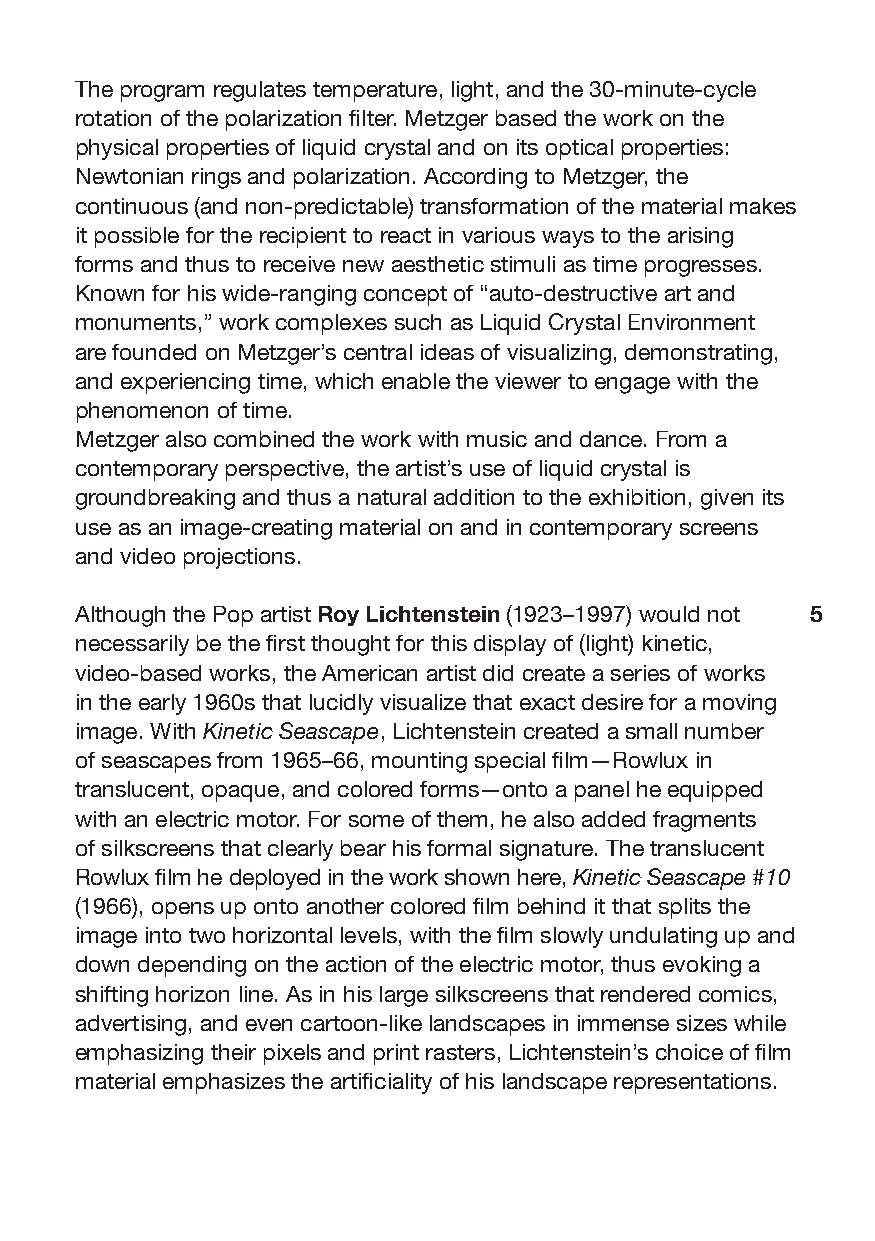
The program regulates temperature, light, and the 30-minute-cycle
 rotation of the polarization filter. Metzger based the work on the
 physical properties of liquid crystal and on its optical properties:
 Newtonian rings and polarization. According to Metzger, the
 continuous (and non-predictable) transformation of the material makes
 it possible for the recipient to react in various ways to the arising
 forms and thus to receive new aesthetic stimuli as time progresses.
 Known for his wide-ranging concept of “auto-destructive art and
 monuments,” work complexes such as Liquid Crystal Environment
 are founded on Metzger’s central ideas of visualizing, demonstrating,
 and experiencing time, which enable the viewer to engage with the
 phenomenon of time.
 Metzger also combined the work with music and dance. From a
 contemporary perspective, the artist’s use of liquid crystal is
 groundbreaking and thus a natural addition to the exhibition, given its
 use as an image-creating material on and in contemporary screens
 and video projections.
 Although the Pop artist Roy Lichtenstein (1923–1997) would not 5
 necessarily be the first thought for this display of (light) kinetic,
 video-based works, the American artist did create a series of works
 in the early 1960s that lucidly visualize that exact desire for a moving
 image. With Kinetic Seascape, Lichtenstein created a small number
 of seascapes from 1965–66, mounting special film—Rowlux in
 translucent, opaque, and colored forms—onto a panel he equipped
 with an electric motor. For some of them, he also added fragments
 of silkscreens that clearly bear his formal signature. The translucent
 Rowlux film he deployed in the work shown here, Kinetic Seascape #10
 (1966), opens up onto another colored film behind it that splits the
 image into two horizontal levels, with the film slowly undulating up and
 down depending on the action of the electric motor, thus evoking a
 shifting horizon line. As in his large silkscreens that rendered comics,
 advertising, and even cartoon-like landscapes in immense sizes while
 emphasizing their pixels and print rasters, Lichtenstein’s choice of film
 material emphasizes the artificiality of his landscape representations.